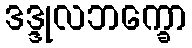
ဒဒ္ဒုလဘက္ခော